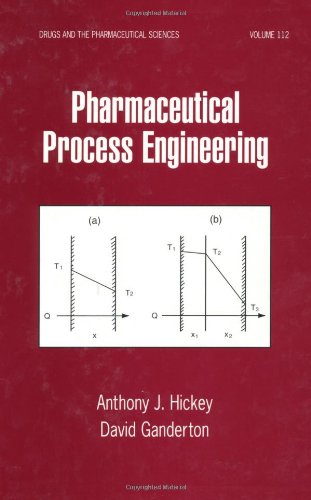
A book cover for Pharmaceutical Process Engineering (Drugs and the Pharmaceutical Sciences); Anthony J. Hickey; Medical Books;